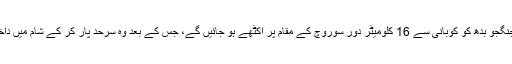
توقع ہے کہ یہ جنگجو بدھ کو کوبانی سے 16 کلومیٹر دور سوروچ کے مقام پر اکٹھے ہو جائیں گے، جس کے بعد وہ سرحد پار کر کے شام میں داخل ہو جائیں گے۔